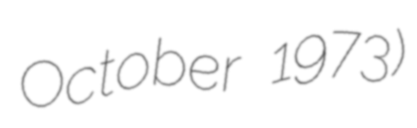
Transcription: October 1973)